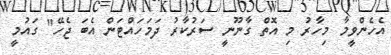
އެހެންވީމާ މިހާރު މި އޮތް ގާނޫނީ ސަރުކާރު ދަމަހައްޓަން އެބަ ޖެހޭ" ގައުމީ